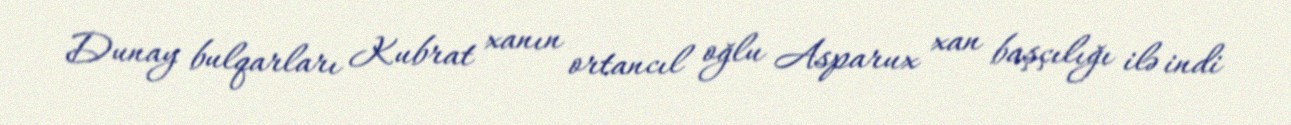
Dunay bulqarları Kubrat xanın ortancıl oğlu Asparux xan başçılığı ilə indi